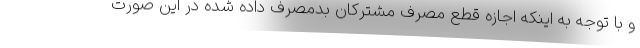
و با توجه به اینکه اجازه قطع مصرف مشترکان بدمصرف داده شده در این صورت